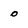
Character: 0